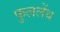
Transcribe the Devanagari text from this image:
फुललेंथ